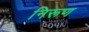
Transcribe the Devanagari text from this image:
निरूण